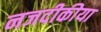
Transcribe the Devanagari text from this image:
नजदीकीया